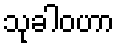
သုခါဝဟာ